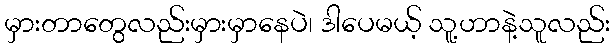
မှားတာတွေလည်းမှားမှာနေပဲ၊ ဒါပေမယ့် သူ့ဟာနဲ့သူလည်း